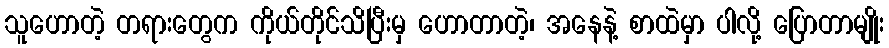
သူဟောတဲ့ တရားတွေက ကိုယ်တိုင်သိပြီးမှ ဟောတာတဲ့၊ အနေနဲ့ စာထဲမှာ ပါလို့ ပြောတာမျိုး